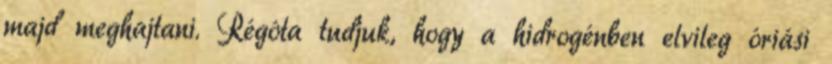
majd meghajtani. Régóta tudjuk, hogy a hidrogénben elvileg óriási